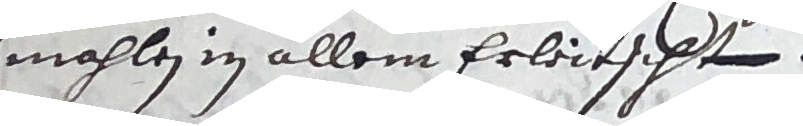
mahlen in allem erleiescht.